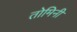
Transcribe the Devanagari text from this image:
तोमिनी